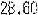
28.60